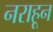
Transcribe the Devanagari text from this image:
नराहून